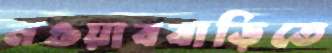
নওয়াববাড়িতে